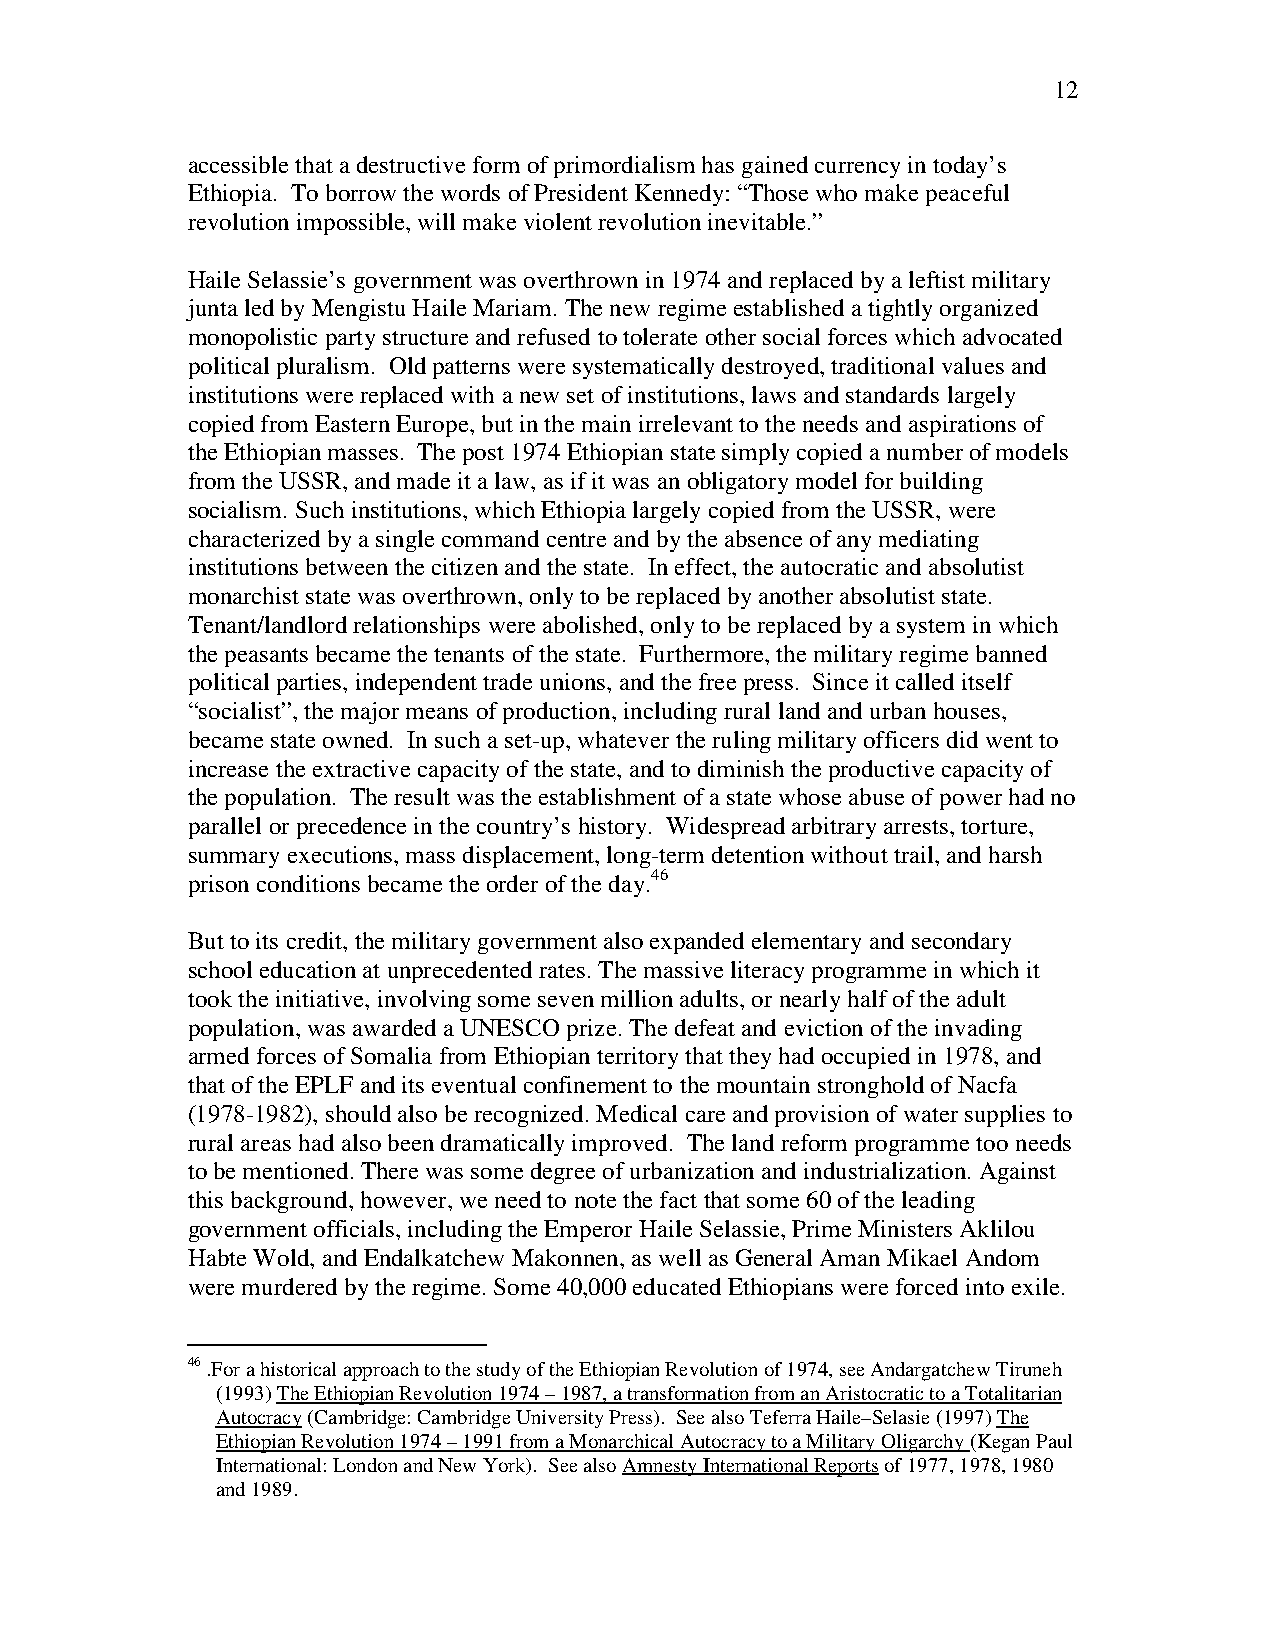
12
 accessible that a destructive form of primordialism has gained currency in today’s
 Ethiopia. To borrow the words of President Kennedy: “Those who make peaceful
 revolution impossible, will make violent revolution inevitable.”
 Haile Selassie’s government was overthrown in 1974 and replaced by a leftist military
 junta led by Mengistu Haile Mariam. The new regime established a tightly organized
 monopolistic party structure and refused to tolerate other social forces which advocated
 political pluralism. Old patterns were systematically destroyed, traditional values and
 institutions were replaced with a new set of institutions, laws and standards largely
 copied from Eastern Europe, but in the main irrelevant to the needs and aspirations of
 the Ethiopian masses. The post 1974 Ethiopian state simply copied a number of models
 from the USSR, and made it a law, as if it was an obligatory model for building
 socialism. Such institutions, which Ethiopia largely copied from the USSR, were
 characterized by a single command centre and by the absence of any mediating
 institutions between the citizen and the state. In effect, the autocratic and absolutist
 monarchist state was overthrown, only to be replaced by another absolutist state.
 Tenant/landlord relationships were abolished, only to be replaced by a system in which
 the peasants became the tenants of the state. Furthermore, the military regime banned
 political parties, independent trade unions, and the free press. Since it called itself
 “socialist”, the major means of production, including rural land and urban houses,
 became state owned. In such a set-up, whatever the ruling military officers did went to
 increase the extractive capacity of the state, and to diminish the productive capacity of
 the population. The result was the establishment of a state whose abuse of power had no
 parallel or precedence in the country’s history. Widespread arbitrary arrests, torture,
 summary executions, mass displacement, long-term detention without trail, and harsh
 prison conditions became the order of the day.46
 But to its credit, the military government also expanded elementary and secondary
 school education at unprecedented rates. The massive literacy programme in which it
 took the initiative, involving some seven million adults, or nearly half of the adult
 population, was awarded a UNESCO prize. The defeat and eviction of the invading
 armed forces of Somalia from Ethiopian territory that they had occupied in 1978, and
 that of the EPLF and its eventual confinement to the mountain stronghold of Nacfa
 (1978-1982), should also be recognized. Medical care and provision of water supplies to
 rural areas had also been dramatically improved. The land reform programme too needs
 to be mentioned. There was some degree of urbanization and industrialization. Against
 this background, however, we need to note the fact that some 60 of the leading
 government officials, including the Emperor Haile Selassie, Prime Ministers Aklilou
 Habte Wold, and Endalkatchew Makonnen, as well as General Aman Mikael Andom
 were murdered by the regime. Some 40,000 educated Ethiopians were forced into exile.
 46 .For a historical approach to the study of the Ethiopian Revolution of 1974, see Andargatchew Tiruneh
 (1993) The Ethiopian Revolution 1974 – 1987, a transformation from an Aristocratic to a Totalitarian
 Autocracy (Cambridge: Cambridge University Press). See also Teferra Haile–Selasie (1997) The
 Ethiopian Revolution 1974 – 1991 from a Monarchical Autocracy to a Military Oligarchy (Kegan Paul
 International: London and New York). See also Amnesty International Reports of 1977, 1978, 1980
 and 1989.